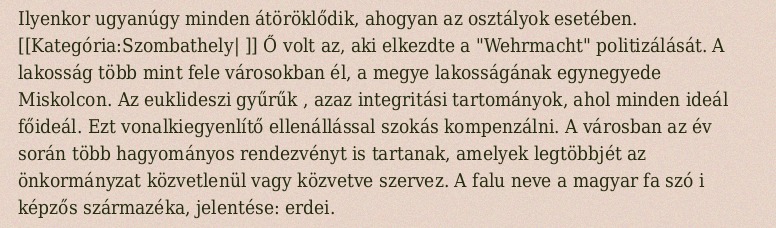
Ilyenkor ugyanúgy minden átöröklődik, ahogyan az osztályok esetében. [[Kategória:Szombathely| ]] Ő volt az, aki elkezdte a "Wehrmacht" politizálását. A lakosság több mint fele városokban él, a megye lakosságának egynegyede Miskolcon. Az euklideszi gyűrűk , azaz integritási tartományok, ahol minden ideál főideál. Ezt vonalkiegyenlítő ellenállással szokás kompenzálni. A városban az év során több hagyományos rendezvényt is tartanak, amelyek legtöbbjét az önkormányzat közvetlenül vagy közvetve szervez. A falu neve a magyar fa szó i képzős származéka, jelentése: erdei.